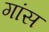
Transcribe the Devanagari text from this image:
गांस